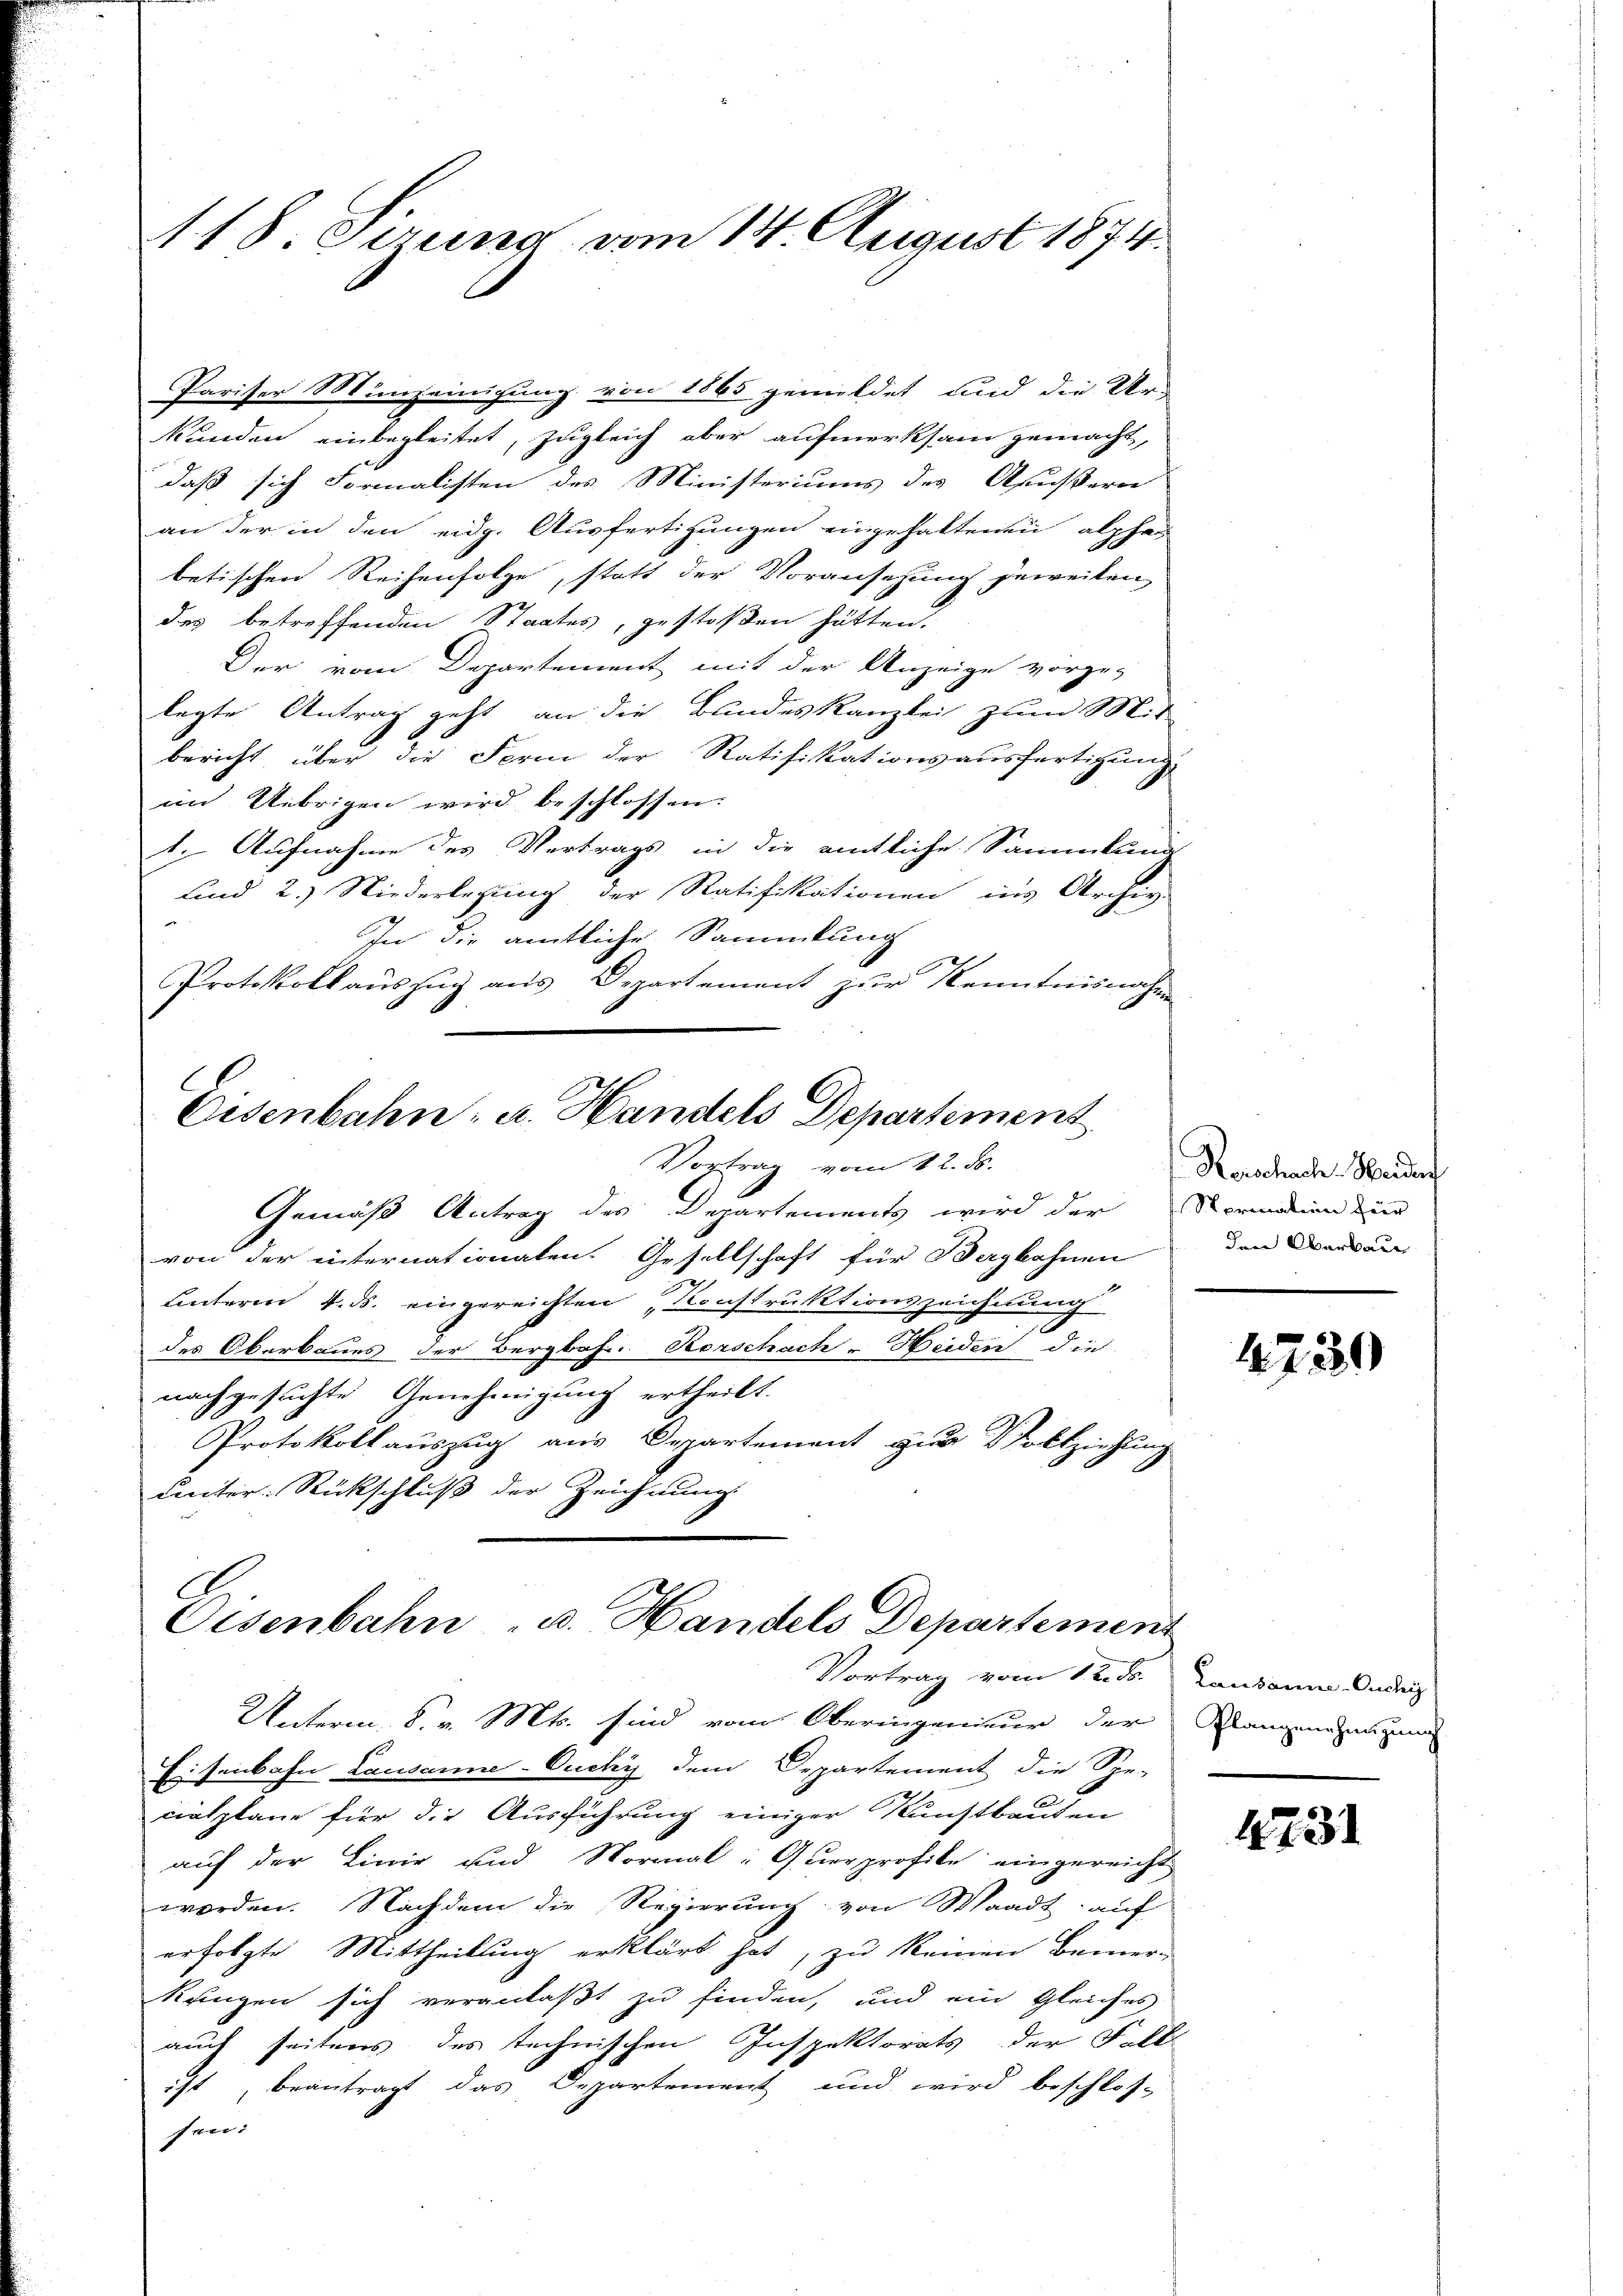
118. Jezuna vom 14. August 1874.

Pariser Münzeinigung von 1865 gemeldet und die Ur-
kunden einbegleitet, zugleich aber aufmerksam gemacht,
daß sich Formalisten des Ministeriums des Außern
an der in den eidg. Ausfertigungen eingehaltenen alpha
betischen Reihenfolge, statt der Voransehung jeweiten,
des betreffenden Staates, gestoßen hätten.
Der vom Departement mit der Anzeige vorge-
legte Antrag geht an die Bundeskanzlei zum Mit-
bericht über die Form der Ratifikationsausfertigung
im Uebrigen wird beschlossen:
1. Aufnahme des Vertrags in die amtliche Sammlung
Kind 2.) Niederlegung der Ratifikationen ins Archiv
In die amtliche Sammlung
Protokollauszug aus Departement zur Kenntnisnahme
Gemäß Antrag des Departements wird der Normation zur
von der internationalen. Gesellschaft für Bergbahnen
2
Lnteren 4. ds. eingereichten Konstruktionszeichnung
des Oberbaues der Bergbahn Kerschach-Heiden die
nachgesuchte Genehmigung ertheilt.
Protokollauszug aus Departement zur Vollziehung
unter Rückschluß der Zeichnung
Oisenbahn u. Handels Departement
Vortrag vom 12. ds.
Unterm 8. v. Mts. sind vom Oberingenieur der
Eisenbahn Lausanne-Ouchy dem Departement die Spe-
cnsplane für die Ausführung einiger Kunstbauten
auf der Linie und Normal: Querprofile eingereicht
worden. Nachdem die Regierung von Waadt auf
erfolgte Mittheilung erklärt hat, zu keinen Bemer-
kungen sich veranlaßt zu finden, und ein gleiches
auch seitens des technischen Inspektorats der Fall
ist, beantragt das Departement und wird beschlos-
sen:

Eisenbahn, u. Handels Departement
Vortrag vom 12. ds.

Rerschache. Weidenf
den Oberkau

4739

Lausanne-Ouchy)
Plangenehmigung

1731